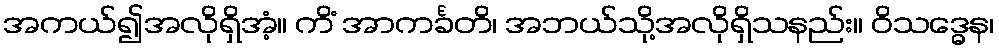
အကယ်၍အလိုရှိအံ့။ ကိံ အာကင်္ခတိ၊ အဘယ်သို့အလိုရှိသနည်း။ ဝိသဒ္ဓေန၊